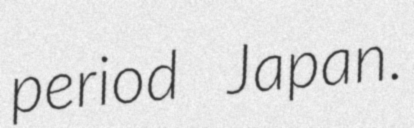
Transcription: period Japan.